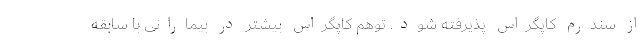
از سندرم کاپگراس پذیرفته شود. توهم کاپگراس بیشتر در بیمارانی با سابقه